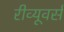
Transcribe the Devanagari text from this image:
रीव्यूवर्स